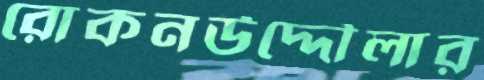
রোকনউদ্দৌলার